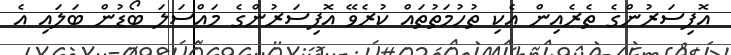
އޮފިސަރުންގެ ތެރެއިން އެކި ތުހުމަތުތައް ކުރެވޭ އޮފިސަރުންގެ މައްސަލަ ބޯޑުން ބަލައި އެ